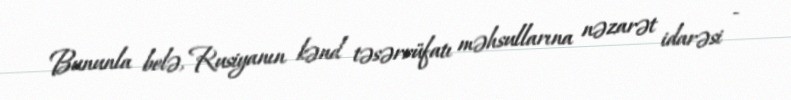
Bununla belə, Rusiyanın kənd təsərrüfatı məhsullarına nəzarət idarəsi -